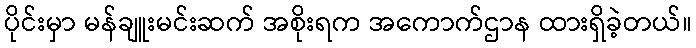
ပိုင်းမှာ မန်ချူးမင်းဆက် အစိုးရက အကောက်ဌာန ထားရှိခဲ့တယ်။